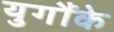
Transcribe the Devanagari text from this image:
युगौंके